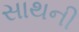
સાથની